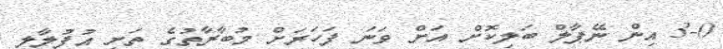
3-0 އިން ނޭޕާލް ބަލިކޮށް އަށް ވަނަ ފަހަރަށް މުބާރާތުގެ ތަށި އުފުލާލި